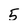
Character: 5